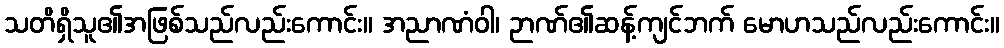
သတိရှိသူ၏အဖြစ်သည်လည်းကောင်း။ အညာဏံဝါ၊ ဉာဏ်၏ဆန့်ကျင်ဘက် မောဟသည်လည်းကောင်း။